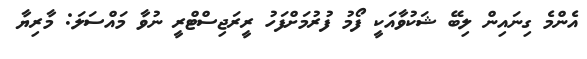
އެންމެ ގިނައިން ލިބޭ ޝަކުވާއަކީ ފޯމު ފުރުމަށްފަހު ރީރަޖިސްޓްރީ ނުވާ މައްސަލަ: މާރިޔާ